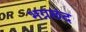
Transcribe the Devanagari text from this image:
भग्नछंद